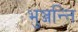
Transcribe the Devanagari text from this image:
भुञ्जन्ति